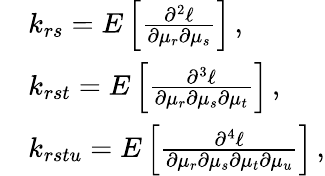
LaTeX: \begin{array}{rl}&{k_{rs}=E\left[\frac{\partial^{2}\ell}{\partial\mu_{r}\partial\mu_{s}}\right]\, ,}\\ &{k_{rst}=E\left[\frac{\partial^{3}\ell}{\partial\mu_{r}\partial\mu_{s}\partial\mu_{t}}\right]\, ,}\\ &{k_{rstu}=E\left[\frac{\partial^{4}\ell}{\partial\mu_{r}\partial\mu_{s}\partial\mu_{t}\partial\mu_{u}}\right]\, ,}\end{array}